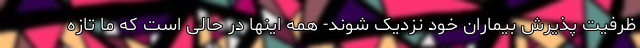
ظرفیت پذیرش بیماران خود نزدیک شوند- همه اینها در حالی است که ما تازه